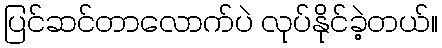
ပြင်ဆင်တာလောက်ပဲ လုပ်နိုင်ခဲ့တယ်။